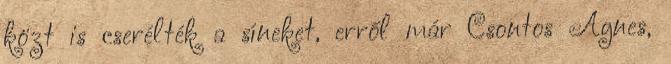
közt is cserélték a síneket, erről már Csontos Ágnes,